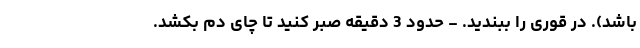
باشد). در قوری را ببندید. - حدود 3 دقیقه صبر کنید تا چای دم بکشد.